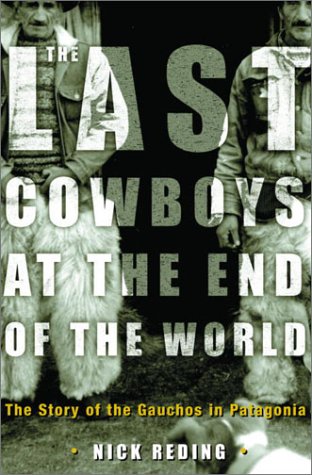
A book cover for The Last Cowboys at the End of the World: The Story of the Gauchos of Patagonia; Nick Reding; Travel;